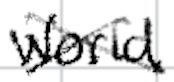
Text: World
Cross-out: cross
Writing tool: digital_black